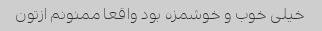
خیلی خوب و خوشمزه بود واقعا ممنونم ازتون